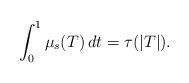
LaTeX: \begin{align*}\int^1_0 \mu_s(T) \, dt = \tau(|T|).\end{align*}